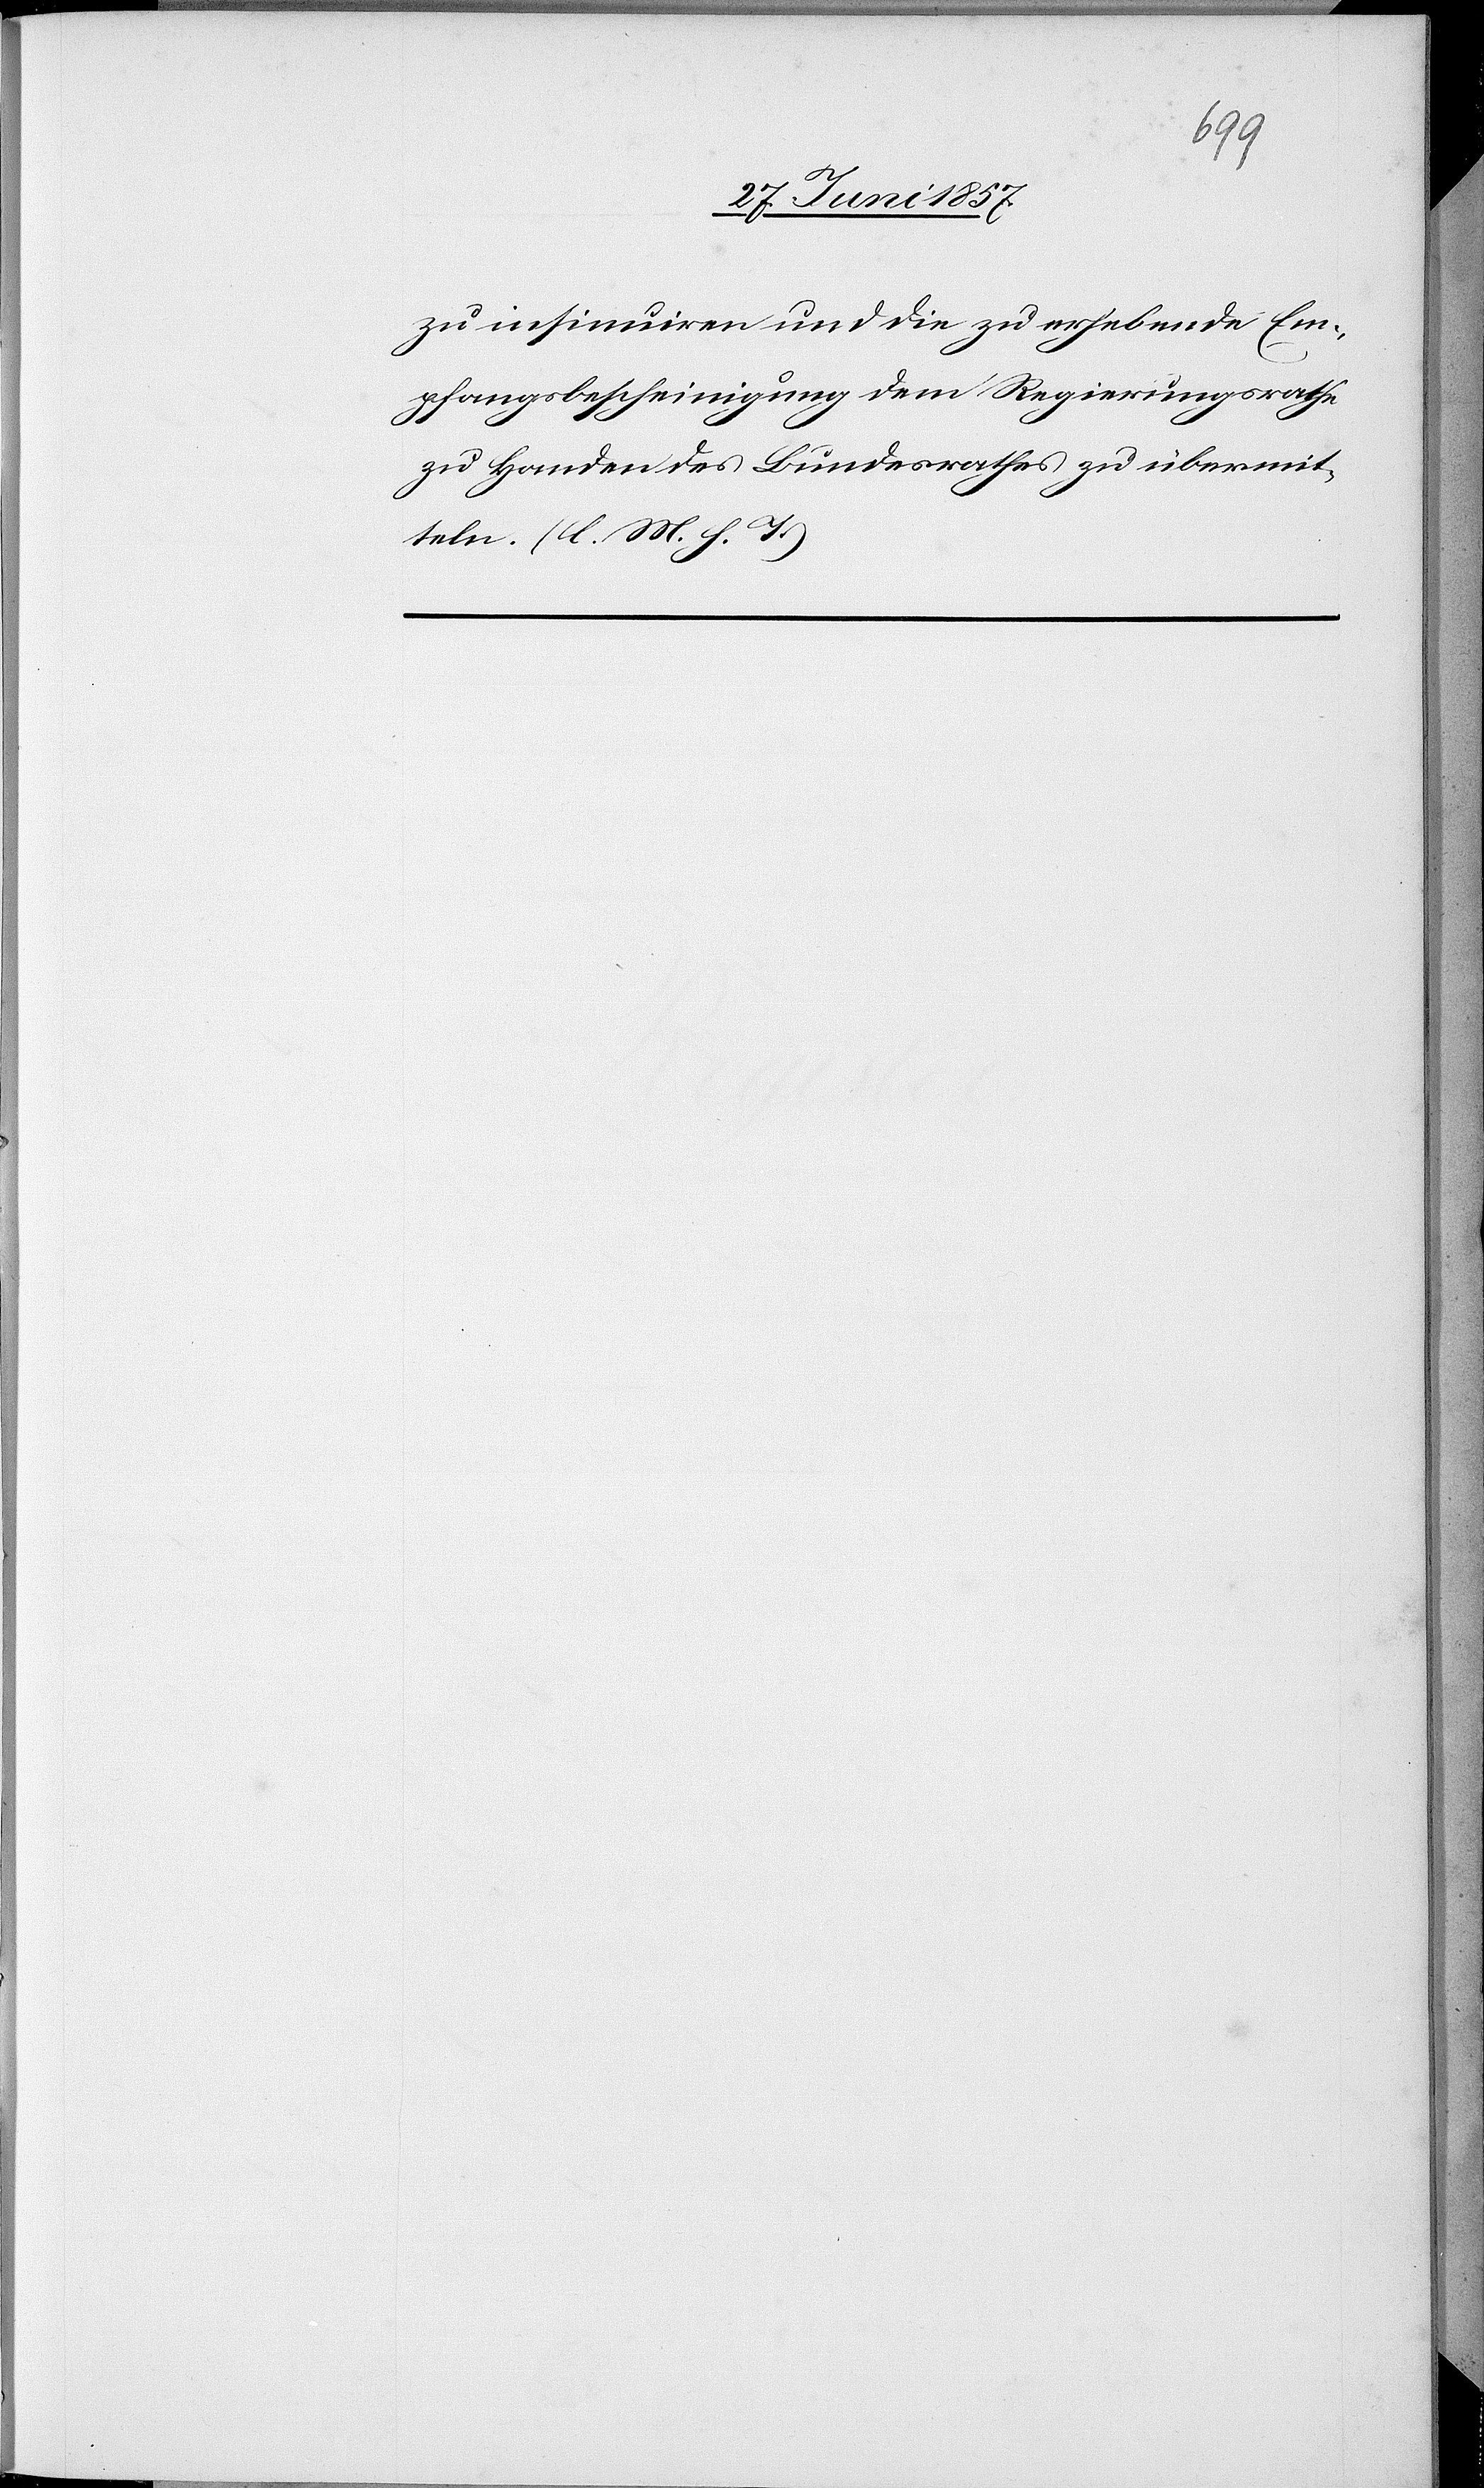
zu insinuiren und die zu erhebende Em¬
pfangsbescheinigung dem Regierungsrathe
zu Handen des Bundesrathes zu übermit¬
teln. [l. M. h. T]